Lunatic asylums Bombay report 1878-1890 - 1878-1890
Year: 1878
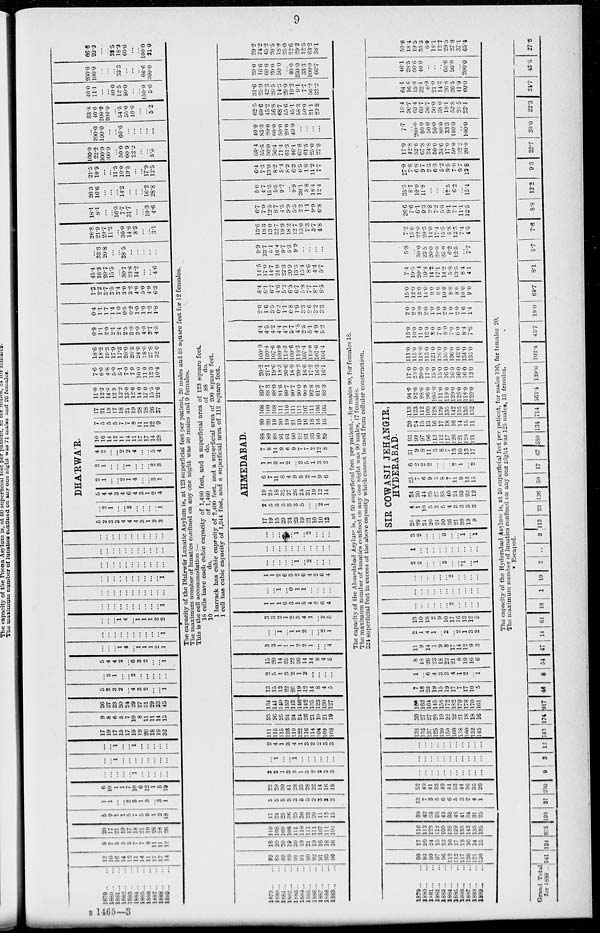
9
1879 ... ...
1880 ... ...
1881 ... ...
1882 ... ...
1883 ... ...
1884 ... ...
1885
...
...
1886 ... ...
1887
...
...
1888
...
...
1889
...
...
12
10
16
14
12
11
14
11
17
17
14
8
7
5
5
5
7
7 8
11
11
12
20
17
21
19
17
18
21
19
28
28
26
5
9
1
1
5
7
5
9
1
2
18
1
1
...
...
2
3
1
3
...
3
1
6
10
1
1
7
10
6
12
1
5
19
...
...
...
...
...
1
...
...
...
...
...
...
...
1
...
...
...
...
...
...
...
...
...
...
1
...
...
1
...
...
...
...
...
17
19
17
15
17
19
19
20
18
19
32
9
8
6
5
7
10
8
11
11
14
13
26
27
23
20
24
29
27
31
29
33
45
5
2
3
2
...
4
3
2
...
...
1
...
2
1
...
...
2
...
...
...
...
...
5
4
4
2
...
6
3
2
...
...
1
...
...
...
1
4
...
1 1
1
2
1
...
...
...
...
...
...
...
...
...
...
1
...
...
...
1 4
...
1
1
1
2
2
...
...
...
...
...
...
...
...
...
...
1
...
...
...
...
...
...
...
...
...
...
...
...
...
...
...
...
...
...
...
...
...
1
...
...
...
...
...
...
...
...
...
...
...
...
...
...
...
...
...
...
...
...
...
...
...
...
...
...
...
...
...
...
...
...
...
DHA'RWA'R.
5
2
3
3
4
4
4
3
1
2
3
...
2
1
...
...
2
...
...
...
...
1
5
4
4
3
4
6
4
3
1
2
4
2
1
...
...
2
1
4
...
...
3
1
2
1
...
...
...
1
...
...
...
2
3
4
2
...
...
2
2
4
...
...
5
4
10
16
14
12
11
14
11
17
17
14
28
7
5
5
5
7
7
8
11
11
12
9
17
21
19
17
18
21
19
28
28
26
37
11.0
12.2
14.5
12.9
12.2
13.0
12.6
14.0
17.0
15.5
21.6
7.6
6.0
4.8
5.0
5.1
7.0
7.9
10.0
11.0
12.3
10.4
18.6
18.2
19.3
17.9
17.3
20.0
20.5
24.0
28.0
27.8
32.0
0.9
1.1
2.0
2.1
2.4
2.5
3.0
3.0
4.0
3.7
4.5
0.4
1.1
1.7
1.4
1.0
0.5
0.2
1.0
1.0
1.2
1.8
1.3
2.2
3.7
3.5
3.4
3.0
3.2
4.0
5.0
4.9
6.3
45.4
16.3
20.7
15.5
...
30.7
23.8
14.2
...
...
4.6
...
33.3
20.8
...
...
28.5
...
...
...
...
...
26.3
21.9
20.7
11.2
...
30.0
14.6
8.3
...
...
3.1
18.1
8.1
...
...
16.3
7.7
31.7
...
...
19.3
4.6
20.3
16.6
...
...
...
14.3
...
...
...
16.2
28.8
21.5
10.9
...
...
11.5
10.0
19.5
...
...
17.9
12.5
100.0
22.2
300.0
200.0
...
50.0
60.9
22.2
...
...
5.5
...
200.0
100.0
...
...
66.6
...
...
...
...
...
83.8
40.0
200.0
200.0
...
54.5
55.0
16.6
...
...
5.2
40.0
11.1
...
...
40.0
12.5
80.0
...
...
150.0
5.6
200.0
100.0
...
...
...
33.3
...
...
...
66.6
300.0
66.5
20.0
...
...
28.5
18.2
60.6
...
...
100.0
21.0
The capacity of the Dhárwár Lunatic Asylum is, at 123 superficial feet per patient, 20 males and 88 square feet for 12 females.
The maximum number of lunatics confined on any one night was 30 males and 9 females.
This is the cell accommodation :—
18 cells have each cubic capacity of 1,490 feet, and a superficial area of 123 square feet.
10
do.
of 1,460
do.
of 88
do.
1 barrack has cubic capacity of 2,400 feet, and a superficial area of 200 square feet.
1 cell has cubic capacity of 1,344 feet, and a superficial area of 112 square feet.
1879
...
...
1880 ... ...
1881
...
...
1882
...
...
1883 ... ...
1884
...
...
1885 ... ...
1886 ... ...
1887 ... ...
1888 ... ...
1889
...
...
92
88
89
89
91
91
90
92
91
93
90
18
20
20
10
20
19
21
19
16
18
16
110
108
109
108
111
110
111
111 107
111
106
17
24
25
36
25
30
23
20
11
12
15
5
5
5
5
3
5
5
2
3
3
3
22
29
30
41
28
35
28
22
14
16
18
3
3
1
3
3
1
3
2
2
3
3
...
1
...
...
1
...
...
...
...
...
...
2
4
1
3
4
1
3
2
2
3
3
111
115
115
128
119
122
116
114 104
109
108
23
26
25
24
24
24
26
21
19
21
19
134
141
140 152
143
146
142
135
123
130
127
13
15
13
22
20
19
12
14
8
4
5
2
5
1
3
2
1
2
...
...
...
...
15
20
14
25
22
20
14
14
8
4
5
3
3
1
1
1
2
2
1
...
...
4
...
...
1
...
1
1
2
...
...
2
1
3
3
2
1
2
3
4
1
...
2
5
1
l
1
6
3
1
5
4
2
6
4
...
...
1
...
0
1
1
...
...
...
...
1
1
2
6
3
2
6
4
2
6
4
...
...
...
...
...
1
...
2
...
...
...
...
...
...
...
...
...
...
...
...
...
...
...
...
...
...
...
1
...
2
...
...
...
AHMEDABAD.
17
19
15
29
24
23
19
21
10
10
13
2
5
3
3
3
3
5
...
...
2
1
19
24
18
32
27
26
24
21
10
12
14
6
7
11
8
4
9
5
2
1
9
6
1
1
3
1
2
...
2
5
1
3
2
7
8
14
9
6
9
7
7
2
12
8
88
89
89
91
91
90
92
91
93
90
89
20
20
19
20
19
21
19
16
18
16
16
108
109
108
111
110
111
111
107
111
106
105
89.7
88.3
88.0
91.6
89.7
90.7
90.0
90.8
92.8
91.3
88.3
20.2
21.1
19.6
18.3
20.6
18.9
20.2
16.6
17.2
16.3
16.1
109.9
109.4
107.6
109.9
110.3
109.6
110.2
107.4
110.0
107.6
104.4
4.4
4.5
4.2
4.4
4.1
5.7
4.8
2.5
5.1
4.9
5.2
2.0
1.6
3.5
0.2
1.1
0.8
1.9
3.3
2.6
3.2
3.3
6.4
6.1
6.7
4.6
5.2
6.5
6.7
5.8
7.7
8.1
8.5
14.5
17.0
14.7
24.0
22.3
20.9
13.3
15.4
8.6
4.4
5.7
9.9
23.7
5.1
16.4
9.7
5.3
9.9
...
...
...
...
13.6
18.3
13.0
22.7
19.9
18.2
12.7
13.0
7.3
3.7
4.8
6.7
7.9
12.5
8.7
4.5
9.9
5.5
2.2
1.1
9.9
6.8
5.0
4.7
15.3
5.5
9.7
...
9.9
30.1
5.8
18.4
12.4
6.4
7.3
13.0
8.2
5.4
8.2
6.3
6.5
1.8
11.2
7.7
68.4
55.5
50.0
56.4
71.4
61.3
46.1
63.6
61.5
25.0
27.8
40.0
83.3
20.0
60.0
50.0
20.0
40.0
...
...
...
...
62.5
60.6
45.2
56.8
68.7
55.6
45.1
58.3
50.0
21.1
23.8
31.6
25.9
42.3
20.5
14.3
29.0
19.2
9.1
7.7
56.2
33.3
20.0
16.6
60.0
20.0
50.0
...
40.0
250.0
33.3
100.0
66.7
29.2
24.2
45.2
20.5
18.8
25.0
22.6
29.2
12.5
63.2
38.1
The capacity of the Ahmedabad Asylum is, at 50 superficial feet per patient,—for males 90, for females 18.
The maximum number of lunatics confined on any one night was 90 males, 17 females.
324 superficial feet in excess of the above capacity which cannot be used from cellular construction.
1879 . . . ...
1880
...
...
1881
...
...
1882 ... ...
1883 ... ...
1884
...
...
1885
...
...
1886
...
...
1887
...
...
1888
...
...
1889
...
...
99
93
99
97
96
112
112
117
126
121
120
17
20
24
15
13
16
17
18
16
14
15
116
113
123
112
109
128
129
135
142
135
135
39
42
38
28
43
38
48
41
34
31
25
13
7
3
5
6
6
5
3
2
4
1
52
49
41
33
49
44
53
44
36
35
26
...
...
...
...
...
...
...
...
...
...
...
...
...
...
...
...
...
...
...
...
...
...
...
...
...
...
...
...
...
...
...
...
...
138
135
137
125
139
150
160
158
160
152
145
30
27
27
20
19
22
22
21
18
18
16
168
162
164
145
158
172
182
179
178
170
161
7
18
20
19
15
19
17
7
17
10
5
1
...
6
4
3
3
4
1
2
...
1
8
18
26
23
18
22
21
8
19
10
6
11
9
14
1
9
8
17
14
12
9
3
2
1
4
1
...
2
...
2
1
3
2
13
10
18
2
9
10
17
16
13
12
5
...
...
...
...
...
...
2
...
...
...
...
...
...
...
...
...
...
...
...
...
...
...
...
...
...
...
...
...
2
...
...
...
...
2
2
...
...
...
3
...
...
*1
...
1
1
...
...
...
...
...
...
...
...
...
...
3
2
...
...
...
3
...
...
1
...
1
SIR COWASJI JEHANGIR,
HYDERABAD.
20
29
34
20
24
30
36
21
30
19
9
4
1
10
5
3
5
4
3
3
3
3
24
30
44
25
27
35
40
24
33
22
12
25
...
...
9
3 ...
7 11
9 13
15
6
2
2
2
...
...
...
2
1
...
2
31
9
8
11
3
8
7
13
10
13
17
93
99
97
96
112
112
117
126
121
120
121
20
24
15
13
16
17
18
16
14
15
11
113
123
112
109
128
129
135
142
135
135
132
94.0
92.0
98.0
96.0
106.0
111.0
119.0
120.0
126.0
118.0
120.0
17.0
23.0
20.0
17.0
15.0
15.0
16.0
16.0
16.0
16.0
13.0
111.0
115.0
118.0
113.0
121.0
126.0
135.0
136.0
142.0
134 0
133.0
13.0
10.0
11.0
12.0
8.0
7.0
8.0
7.0
6.0
8.4
7.6
2.0
2.0
2.0
2.0
1.0
1.0
2.0
1.0
2.0
1.6
1.4
15.0
12.0
13.0
14.0
9.0
8.0
10.0
8.0
8.6
10.0
9.0
7.4
19.5
20.4
19.8
14.2
17.1
14.2
5.8
13.5
8.4
4.1
5.3
...
30.0
23.5
20.0
20.0
25.0
6.2
12.5
...
7.7
7.2
15.6
22.0
20.3
14.0
17.4
15.5
5.8
13.3
7.4
4.5
26.6
7.6
6.1
9.3
2.8
7.2
5.8
9.1
7.1
11.1
12.5
35.3
8.7
10.0
11.8
...
...
...
12.5
6.2
...
15.4
27.9
7.8
6.8
9.7
2.3
6.3
5.2
9.5
7.0
97
12.8
17.9
42.8
52.6
67.8
34.8
50.0
34.6
17.0
50.0
32.2
20.0
7.7
...
200.0
80.0
50.0
50.0
80.0
33.3
100.0
...
100.0
15.4
36.7
63.4
69.7
36.7
50.0
38.0
18.1
52.8
28.5
23.1
64.1
16.6
15.8
32.1
6.9
21.0
14.2
26.8
26.5
41.9
60.0
46.1
28.5
66.6
40.0
..
..
..
66.6
50.0
...
200.0
59.6
18.4
19.5
33.3
6.0
18.1
12.7
29.5
27.8
37.1
65.4
The capacity of the Hyderabad Asylum is, at 50 superficial feet per patient, for males 150, for females 20.
The maximum number of lunatics confined on any one night was 125 males, 13 females.
* Escaped.
Grand Total
for 1889 ... 541 134 675 193 37 230 9 3 12 743 174 917 46 8 54 47 14 61 18 1 19 2 .. 2 113 23 136 50 17 67 580 134 714 563.4 139.6 702.4 45.7 19.0 64.7 8.1 5.7 7.6 8.8 12.2 9.5 22.7 20.0 22.3 24.7 42.5 27.6
B 1465—3